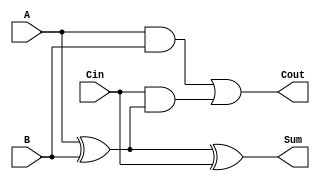
module LowPowerFullAdder (
    input wire A,      // First input bit
    input wire B,      // Second input bit
    input wire Cin,    // Carry input bit
    output wire Sum,   // Resultant sum bit
    output wire Cout   // Carry output bit
);

// Intermediate signals
wire AxorB; // A XOR B

// Compute A XOR B
assign AxorB = A ^ B;

// Compute Sum = A XOR B XOR Cin
assign Sum = AxorB ^ Cin;

// Compute Cout = (A AND B) OR (Cin AND (A XOR B))
assign Cout = (A & B) | (Cin & AxorB);

endmodule